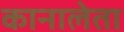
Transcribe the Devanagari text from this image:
कानालेता